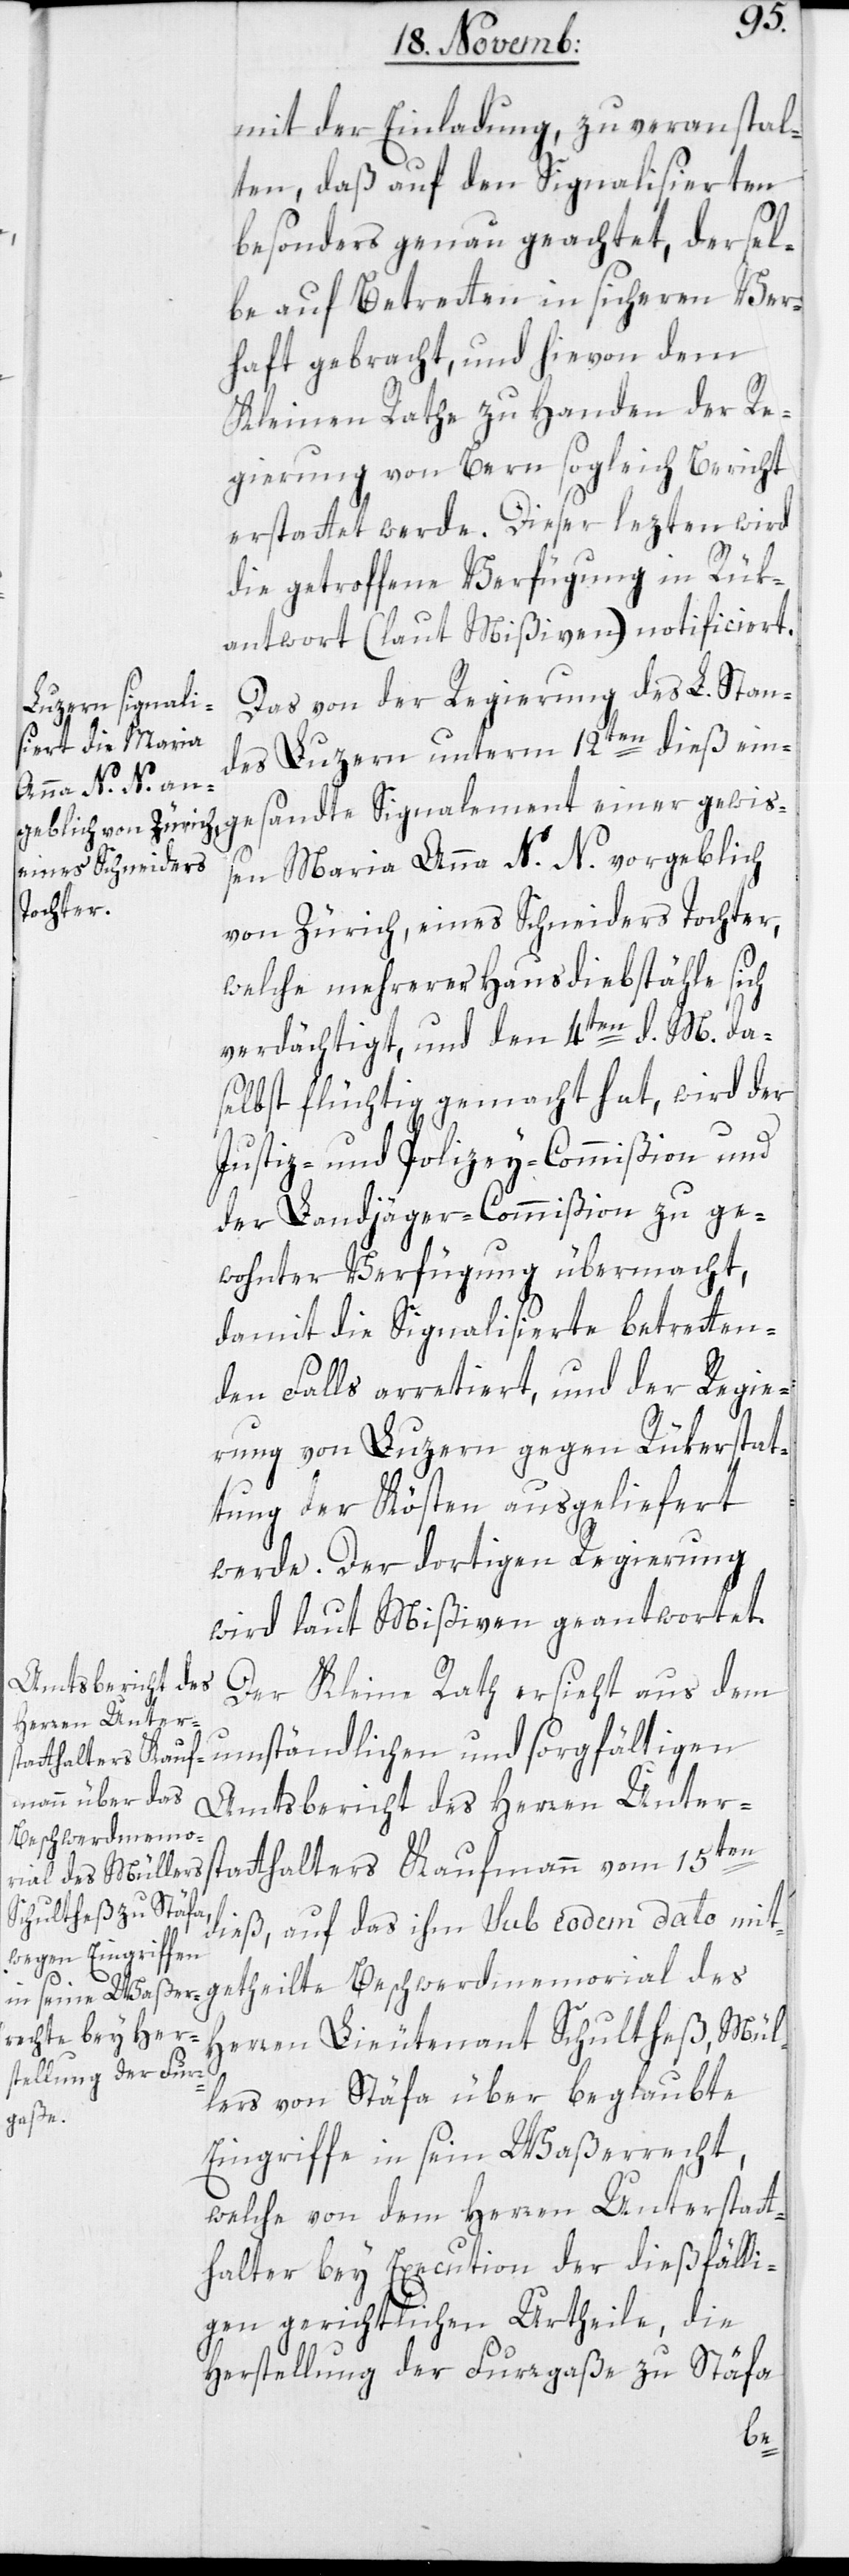
ial
mit der Einladung, zu veranstal¬
ten, daß auf den Signalisierten
besonders genau geachtet, dersel¬
be auf Betreten in sichern Ver¬
haft gebracht, und hievon dem
Kleinen Rathe zu Handen der Re¬
gierung von Bern sogleich Bericht
erstattet werde. Dieser lezten wird
die getroffene Verfügung in Rük¬
antwort (laut Mißiven) notificiert.
Das von der Regierung des L. Stan¬
des Luzern unterm 12ten dieß ein¬
gesandte Signalement einer gewiß¬
en Maria Anna N.N., vorgeblich
von Zürich, eines Schneiders Tochter,
welche mehrerer Hausdiebstähle sich
verdächtigt, und den 4ten d. M. da¬
selbst flüchtig gemacht hat, wird der
Justiz- und Polizey-Commißion und
der Landjäger-Commißion zu ge¬
wohnter Verfügung übermacht,
damit die Signalisierte betretten¬
den Falls arretiert, und der Regie¬
rung von Luzern gegen Rükerstat¬
tung der Kösten ausgeliefert
werde. Der dortigen Regierung
wird laut Mißiven geantwortet.
Der Kleine Rath ersieht aus dem
umständlichen und sorgfältigen
tatthalters Kaufm¬
Amtsbericht des Herren Unters¬
Beschwerdmemor¬
dieß, auf das ihm sub eodem dato mit¬
Herren Lieutenant Schultheß, Mül¬
lers von Stäfa über beglaubte
Eingriffe in sein Waßerrecht,
welche von dem Herren Unterstatt¬
halter bey Execution der dießfälli¬
gen gerichtlichen Urtheile, die
Herstellung der Furrgaße zu Stäfa